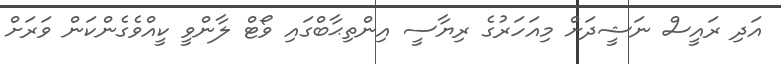
އަދި ރައީސް ނަޝީދަށް މިއަހަރުގެ ރިޔާސީ އިންތިޙާބްގައި ވޯޓް ލާންވީ ކީއްވެގެންކަން ވަރަށް